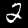
Label: 2